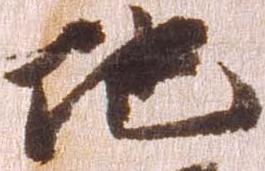
地